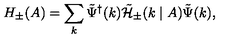
H _ { \pm } ( A ) = \sum _ { k } { \tilde { \Psi } } ^ { \dagger } ( k ) { \tilde { \cal H } } _ { \pm } ( k \mid A ) { \tilde { \Psi } } ( k ) ,